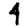
Digit: 4